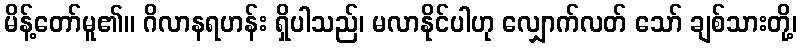
မိန့်တော်မူ၏။ ဂိလာနရဟန်း ရှိပါသည်၊ မလာနိုင်ပါဟု လျှောက်လတ် သော် ချစ်သားတို့၊